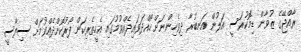
ރާއްޖޭގެ ޒުވާން ޑިމޮކުރަސީ އަލުން އަނބުރާ ދިވެހިންނަށް ހޯއްދަވައިދެއްވުމުގައި އެހީތެރިކަން ފޯރުކޮށްދެއްވުމަށް ސިޔާސީ